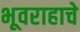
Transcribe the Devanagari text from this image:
भूवराहाचे